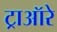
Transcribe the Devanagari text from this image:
ट्राऑरे